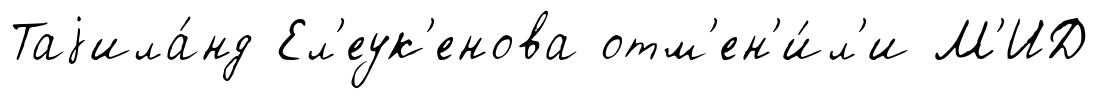
Таjила́нд Ел'еук'енова отм'ен'и́л'и М'ИД